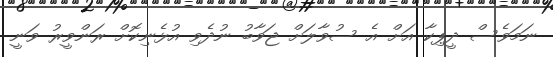
ނަމަވެސް ދީޕިކާ އަށް އެ ސުވާލަށް ޖަވާބު ނުދެވި އުޅެނިކޮށް ރަންވީރު ވަނީ